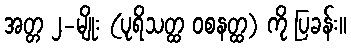
အတ္တ ၂-မျိုး (ပုရိသတ္ထ ဝစနတ္ထ) ကို ပြခန်း။